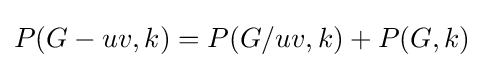
P(G-uv,k)=P(G/uv,k)+P(G,k)